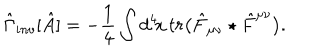
\hat { \Gamma } _ { i n v } [ \hat { A } ] = - { \frac { 1 } { 4 } } \int d ^ { 4 } \! x \, t r \big ( \hat { F } _ { \mu \nu } \star \hat { F } ^ { \mu \nu } \big ) .